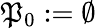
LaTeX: \mathfrak{P}_{0}:=\emptyset